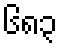
၆၈၃